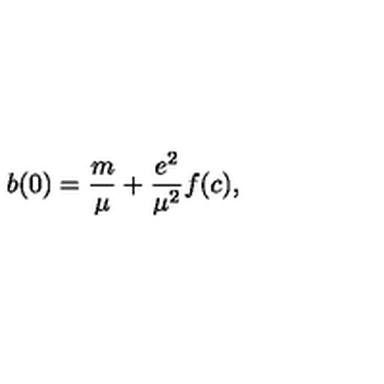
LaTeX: b ( 0 ) = \frac { m } { \mu } + \frac { e ^ { 2 } } { \mu ^ { 2 } } f ( c ) ,